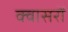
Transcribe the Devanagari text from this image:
क्वासरों